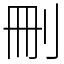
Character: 刪